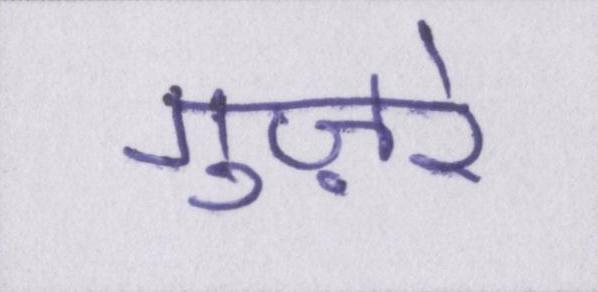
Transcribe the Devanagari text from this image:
गुज़रे